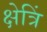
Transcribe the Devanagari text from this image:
क्षेत्रिं